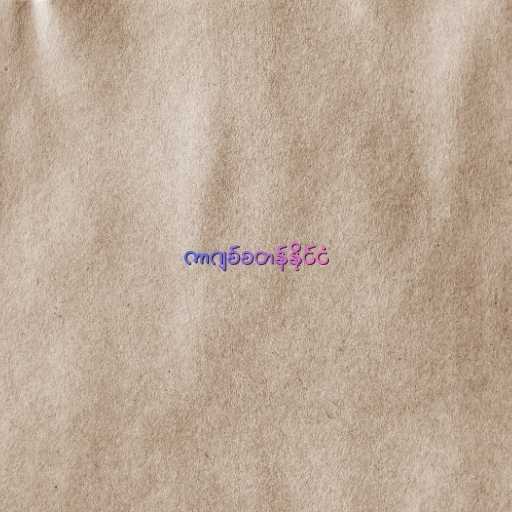
ကာဂျစ်စတန်နိုင်ငံ